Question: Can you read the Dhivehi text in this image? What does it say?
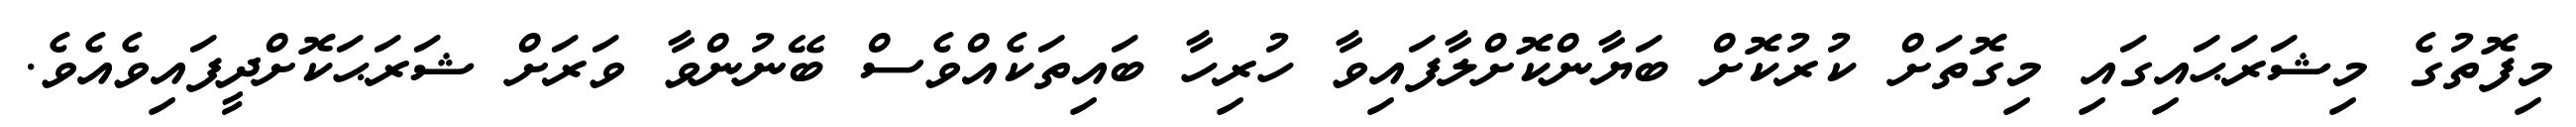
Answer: މިފޮތުގެ މިޝަރަޙައިގައި މިގޮތަށް ކުރުކޮށް ބަޔާންކޮށްލާފައިވާ ހުރިހާ ބައިތަކެއްވެސް ބޭނުންވާ ވަރަށް ޝަރަޙަކޮށްދީފައިވެއެވެ.